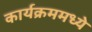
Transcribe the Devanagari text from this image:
कार्यक्रममध्ये